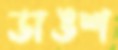
ডাঙশ